画像に写った文字を読んでください
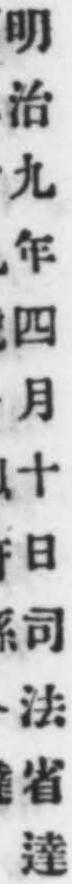
「明治九年四月十日司法省達」と書いてあります